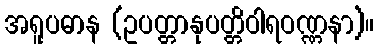
အရူပဓာန (ဥပတ္တာနုပတ္တိဝါရဝဏ္ဏနာ)။